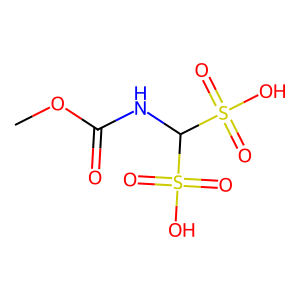
SMILES: COC(=O)NC(S(=O)(=O)O)S(=O)(=O)O
Inhibits HIV replication: No